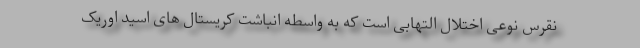
نقرس نوعی اختلال التهابی است که به واسطه انباشت کریستال های اسید اوریک